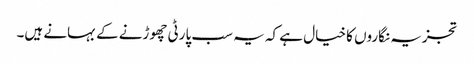
تجزیہ نگاروں کا خیال ہے کہ یہ سب پارٹی چھوڑنے کے بہانے ہیں۔